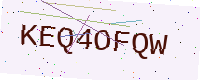
Text: KEQ4OFQW